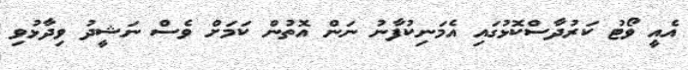
އެއީ ވޯޓު ކަރުދާސްކޮޅުގައި އެމަނިކުފާނު ނަން އޮތުން ކަމަށް ވެސް ނަޝީދު ވިދާޅުވި